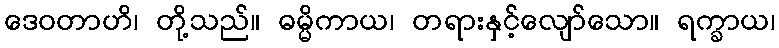
ဒေဝတာဟိ၊ တို့သည်။ ဓမ္မိကာယ၊ တရားနှင့်လျော်သော။ ရက္ခာယ၊